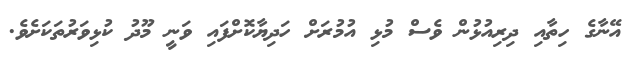
އޭނާގެ ހިތާއި ދިރިއުޅުން ވެސް މުޅި އުމުރަށް ހަދިޔާކޮށްފައި ވަނީ މޫދު ކުޅިވަރުތަކަށެވެ.